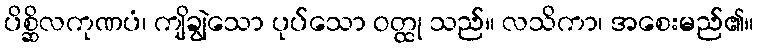
ပိစ္ဆိလကုဏပံ၊ ကျိချွဲသော ပုပ်သော ဝတ္ထု သည်။ လသိကာ၊ အစေးမည်၏။